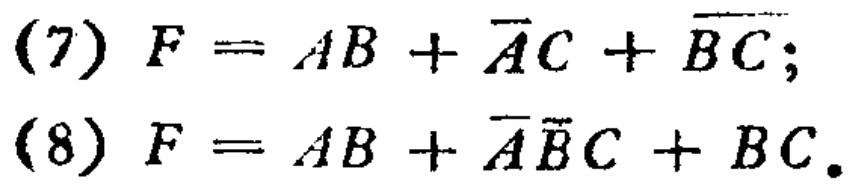
(7) \(F = AB+\overline{A}C+\overline{BC}\);

(8) \(F = AB+\overline{A}\overline{B}C + BC\).